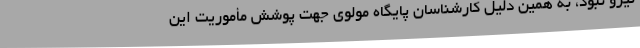
نیرو نبود، به همین دلیل کارشناسان پایگاه مولوی جهت پوشش مأموریت این